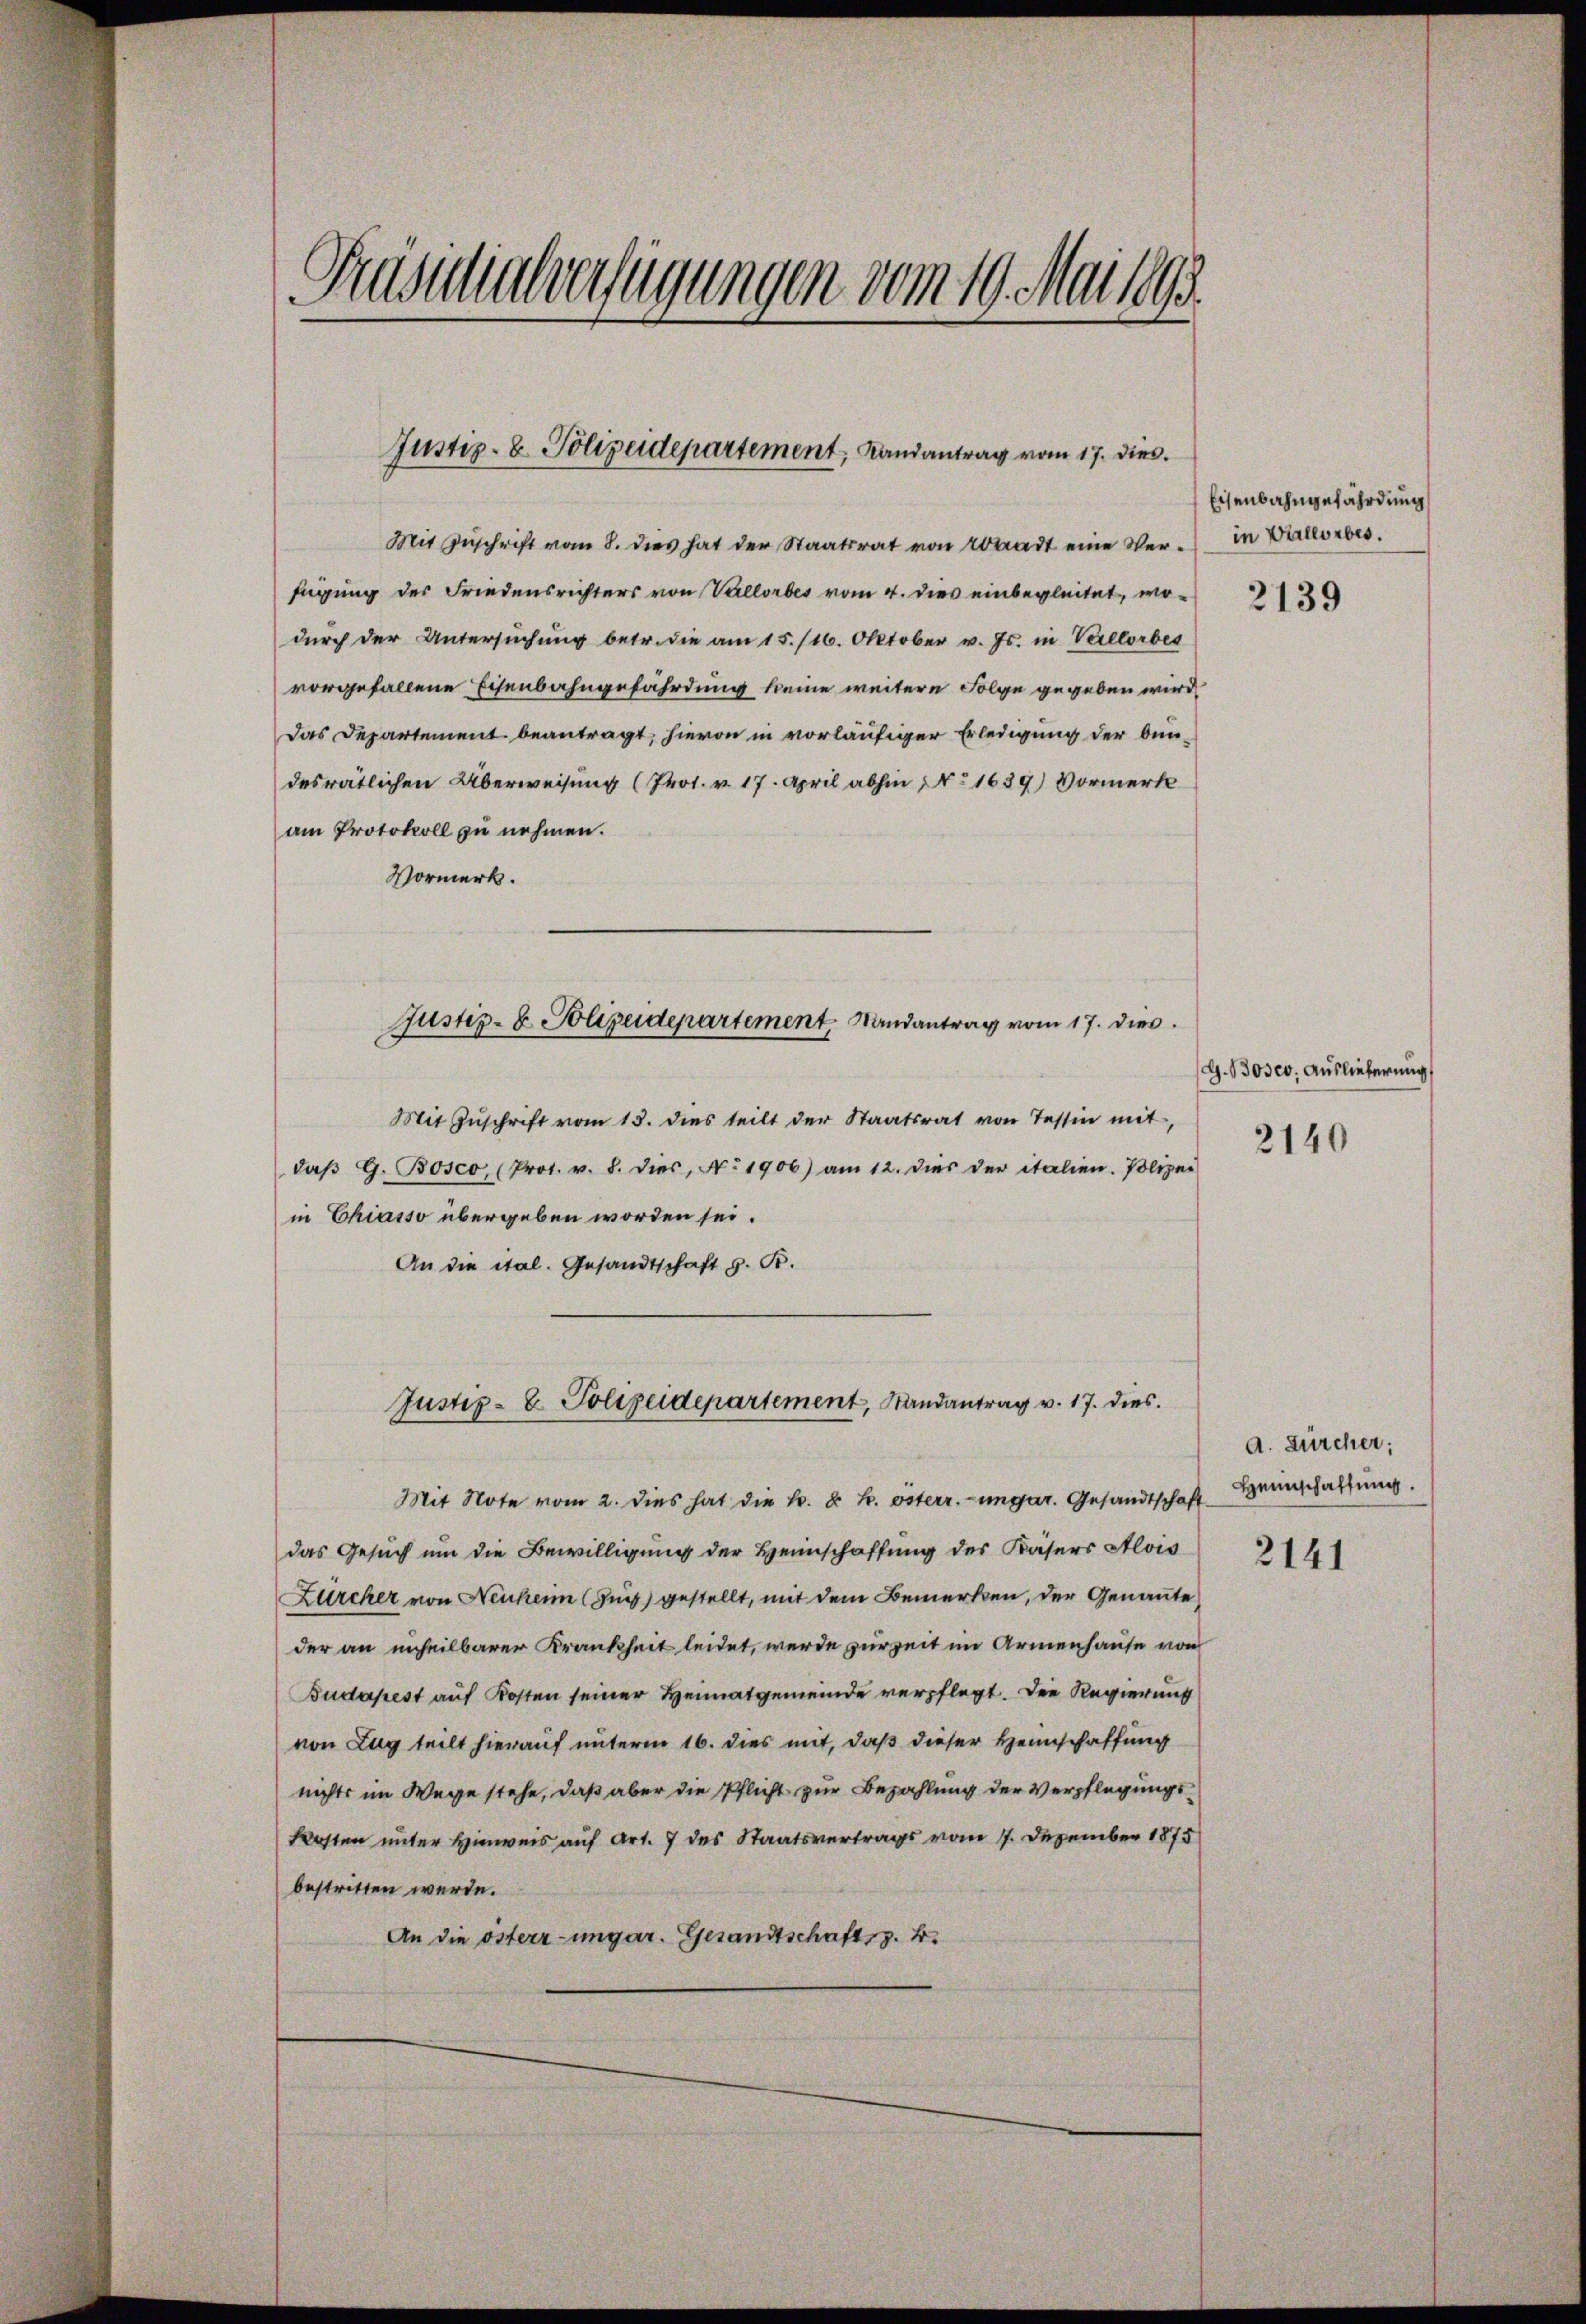
Präsidialverfügungen vom 19. Mai 1893.

Justiz- & Polizeidepartement, Landantrag vom 17. dies

Mit Zuschrift vom 8. dies hat der Staatsrat von Waadt eine Verfügung des Friedensrichters von Vallorbes vom 4. dies einbegleitet, wodurch der Untersuchung betr. die am 15./16. Oktober v. Js. in Verlorbes
vorgefallene Eisenbahngefährdung keine weitere Folge gegeben wird.
Das Departement beantragt, hievon in vorläufiger Erledigung der bun-
desrätlichen Überweisung (Prot. v. 17. April abhin No 1639) Vormerk
am Protokoll zu nehmen.
Vormerk.
Mit Zŭschrift vom 13. dies teilt der Staatsrat von Tessin mit,
daβ G. Bosco, (Prot. v. 8. dies, No 1906) am 12. dies der italien. Polizei
in Chiasso übergeben worden sei.
An die ital. Gesandtschaft z. B.
Justiz- & Polizeidepartement, Randantrag v. 17. dies
Mit Note vom 2. dies hat die k. k. k. österr.-ungar. Gesandtschaftdas Gesuch um die Bewilligung der Heimschaffung des Kasers Alois
Zürcher von Neuken (Such) gestellt, mit dem Bemerken, der Genannte,
der an unheilbarer Krankheit leidet, werde zur Zeit im Armenhause von
Budapest auf Kosten seiner Heimatgemeinde verpflegt. Die Regierung
von Zug teilt hierauf unterm 16. dies mit, daß dieser Heimschaffung
nichts im Wege stehe, daß aber die Pflicht zur Bezahlung der Verpflegungskosten unter Hinweis auf Art. 7 des Staatsvertrags vom 7. Dezember 1875
bestritten werde.
An die österr-ungar. Gesandtschaftsg. 4.

Justiz- & Polizeidepartement. Randantrag vom 17. dies

Eisenbahngefährdung
in Verlorbes.

2139

G. Bosco, Auslieferung

2140

a. Zürcher;
Heimschaffung.

2141